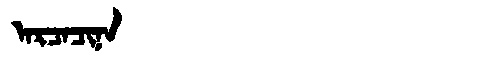
Manchu: ᠠᡵᠴᠠᠴᡳᠨᠠ
Romanization: ARCACINA